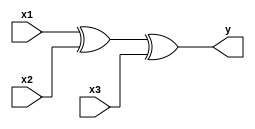
module SWITCH(
    input x1,
    input x2,
    input x3,
    output y
    );
wire y1;
assign y1 = x1^x2;
assign y = y1^x3;

endmodule